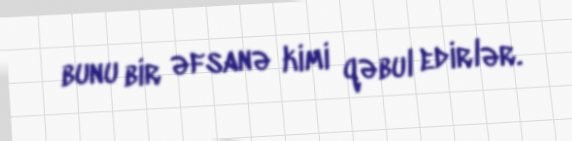
bunu bir əfsanə kimi qəbul edirlər.